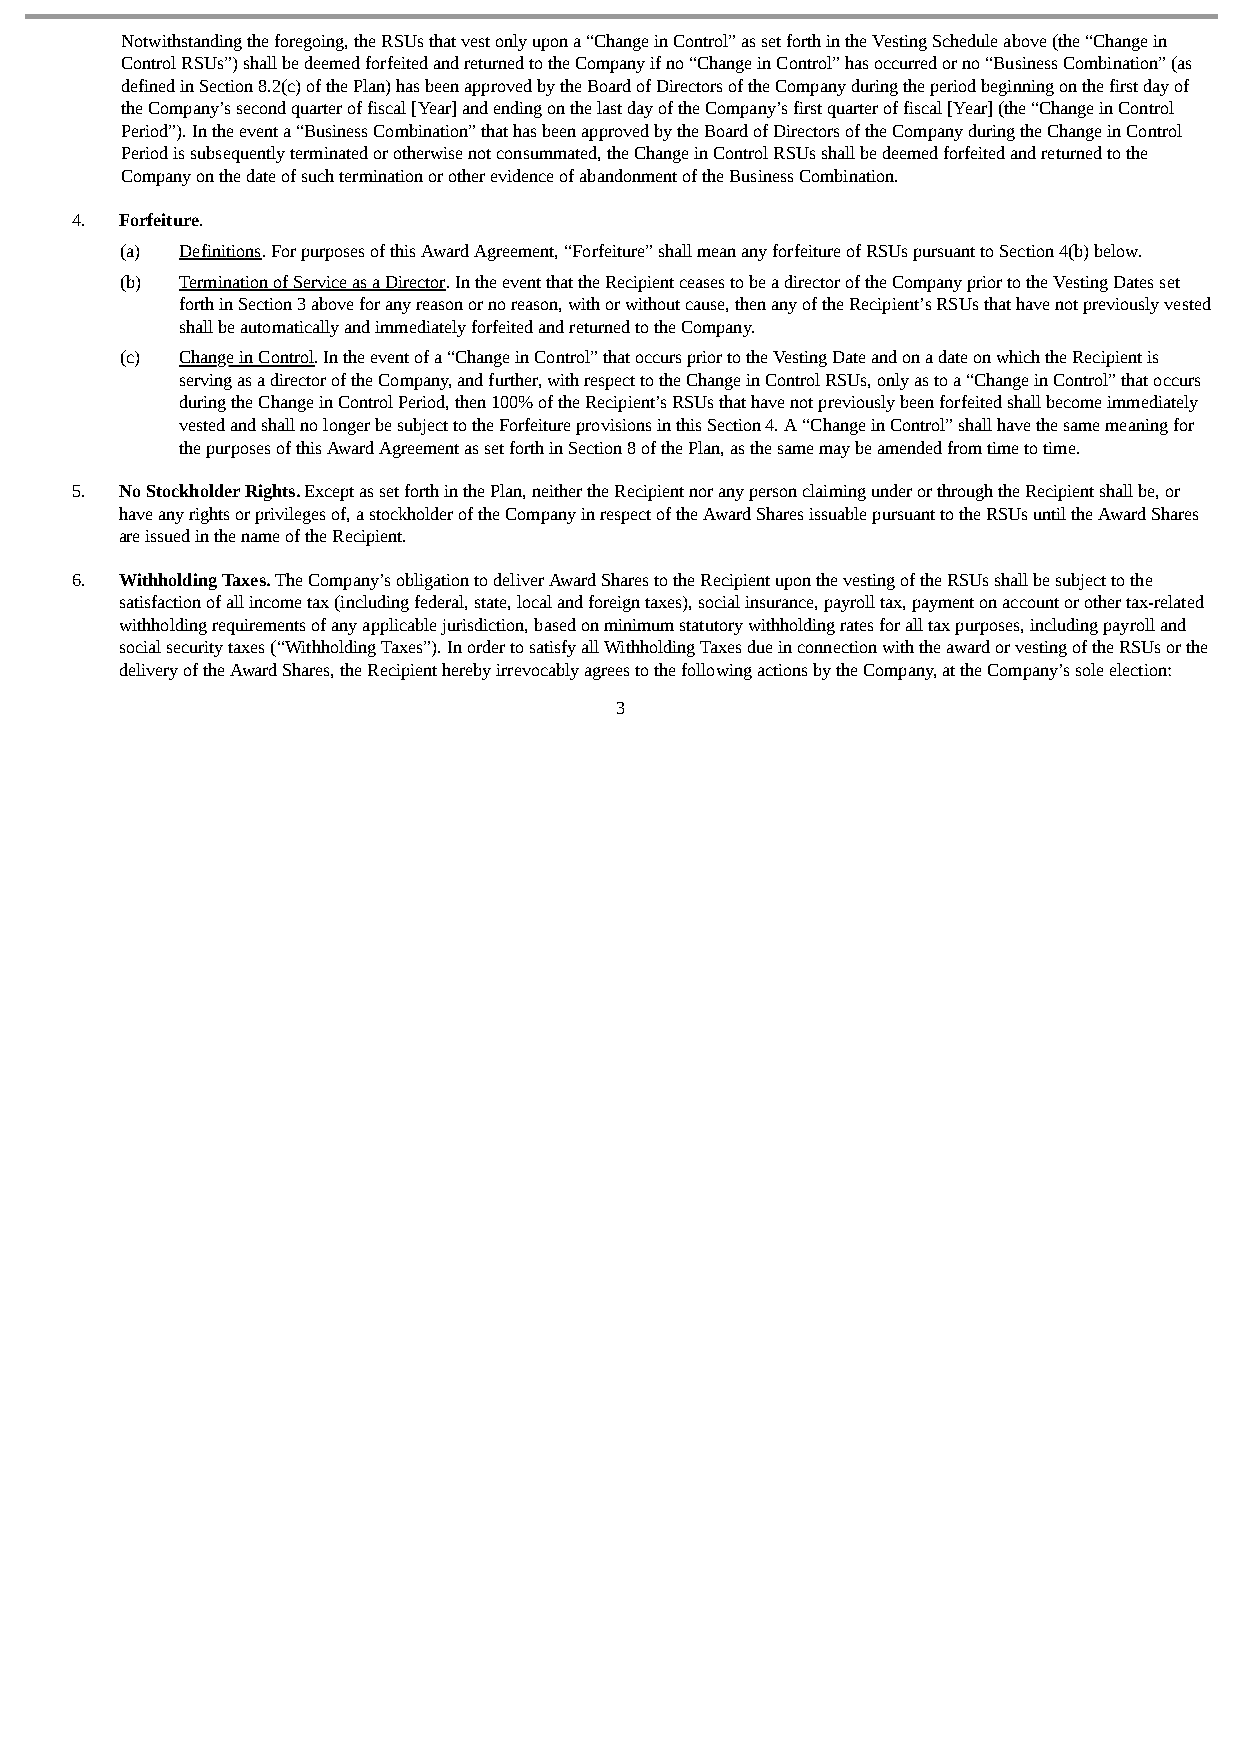
Notwithstanding the foregoing, the RSUs that vest only upon a “Change in Control” as set forth in the Vesting Schedule above (the “Change in
 Control RSUs”) shall be deemed forfeited and returned to the Company if no “Change in Control” has occurred or no “Business Combination” (as
 defined in Section 8.2(c) of the Plan) has been approved by the Board of Directors of the Company during the period beginning on the first day of
 the Company’s second quarter of fiscal [Year] and ending on the last day of the Company’s first quarter of fiscal [Year] (the “Change in Control
 Period”). In the event a “Business Combination” that has been approved by the Board of Directors of the Company during the Change in Control
 Period is subsequently terminated or otherwise not consummated, the Change in Control RSUs shall be deemed forfeited and returned to the
 Company on the date of such termination or other evidence of abandonment of the Business Combination.
 4. Forfeiture.
 (a) Definitions. For purposes of this Award Agreement, “Forfeiture” shall mean any forfeiture of RSUs pursuant to Section 4(b) below.
 (b) Termination of Service as a Director. In the event that the Recipient ceases to be a director of the Company prior to the Vesting Dates set
 forth in Section 3 above for any reason or no reason, with or without cause, then any of the Recipient’s RSUs that have not previously vested
 shall be automatically and immediately forfeited and returned to the Company.
 (c) Change in Control. In the event of a “Change in Control” that occurs prior to the Vesting Date and on a date on which the Recipient is
 serving as a director of the Company, and further, with respect to the Change in Control RSUs, only as to a “Change in Control” that occurs
 during the Change in Control Period, then 100% of the Recipient’s RSUs that have not previously been forfeited shall become immediately
 vested and shall no longer be subject to the Forfeiture provisions in this Section 4. A “Change in Control” shall have the same meaning for
 the purposes of this Award Agreement as set forth in Section 8 of the Plan, as the same may be amended from time to time.
 5. No Stockholder Rights. Except as set forth in the Plan, neither the Recipient nor any person claiming under or through the Recipient shall be, or
 have any rights or privileges of, a stockholder of the Company in respect of the Award Shares issuable pursuant to the RSUs until the Award Shares
 are issued in the name of the Recipient.
 6. Withholding Taxes. The Company’s obligation to deliver Award Shares to the Recipient upon the vesting of the RSUs shall be subject to the
 satisfaction of all income tax (including federal, state, local and foreign taxes), social insurance, payroll tax, payment on account or other tax-related
 withholding requirements of any applicable jurisdiction, based on minimum statutory withholding rates for all tax purposes, including payroll and
 social security taxes (“Withholding Taxes”). In order to satisfy all Withholding Taxes due in connection with the award or vesting of the RSUs or the
 delivery of the Award Shares, the Recipient hereby irrevocably agrees to the following actions by the Company, at the Company’s sole election:
 3